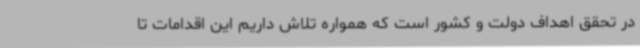
در تحقق اهداف دولت و کشور است که همواره تلاش داریم این اقدامات تا